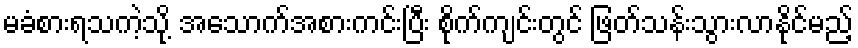
မခံစားရသကဲ့သို့ အသောက်အစားကင်းပြီး စိုက်ကျင်းတွင် ဖြတ်သန်းသွားလာနိုင်မည့်